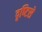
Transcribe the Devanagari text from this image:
दृष्‍टिसे